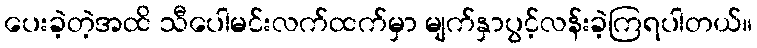
ပေးခဲ့တဲ့အထိ သီပေါမင်းလက်ထက်မှာ မျက်နှာပွင့်လန်းခဲ့ကြရပါတယ်။